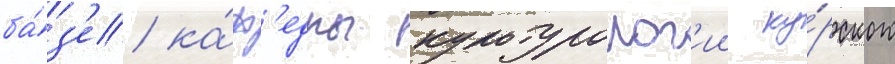
ба́з'е ка́ф'едры культуролог'ии ку́рского